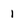
Character: 1